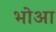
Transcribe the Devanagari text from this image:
भोआ